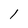
Character: 1